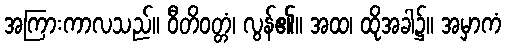
အကြားကာလသည်။ ဝီတိဝတ္တံ၊ လွန်၏။ အထ၊ ထိုအခါ၌။ အမှာကံ